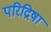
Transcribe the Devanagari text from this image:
परिद्रिषा